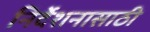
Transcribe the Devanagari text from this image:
निर्देशनासाठी